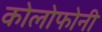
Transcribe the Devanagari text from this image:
कोलोफोनी